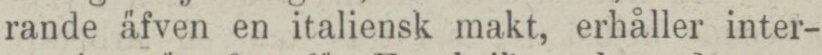
rande äfven en italiensk makt, erhåller inter-